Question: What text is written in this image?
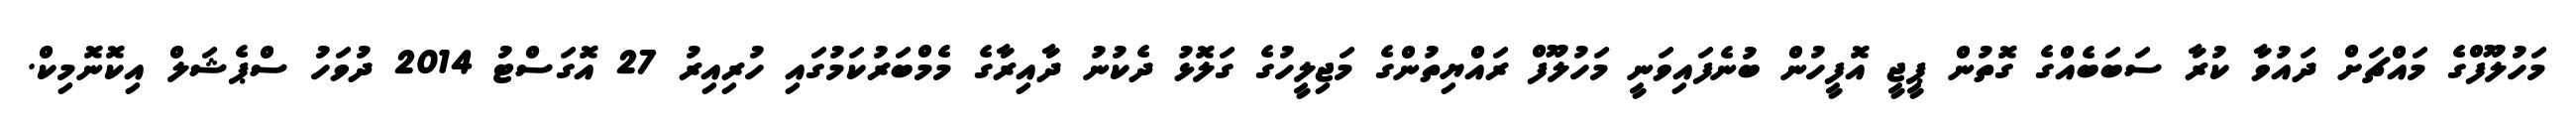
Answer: މަހުލޫފްގެ މައްޗަށް ދައުވާ ކުރާ ސަބަބެއްގެ ގޮތުން ޕީޖީ އޮފީހުން ބުނެފައިވަނީ މަހުލޫފް ރައްޔިތުންގެ މަޖިލީހުގެ ގަލޮޅު ދެކުނު ދާއިރާގެ މެމްބަރުކަމުގައި ހުރިއިރު 27 އޮގަސްޓު 2014 ދުވަހު ސްޕެޝަލް އިކޮނޮމިކް.